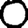
Digit: 0